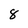
Character: 8